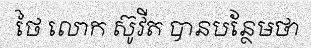
ថៃ លោក ស៊ូវីត បានបន្ថែមថា